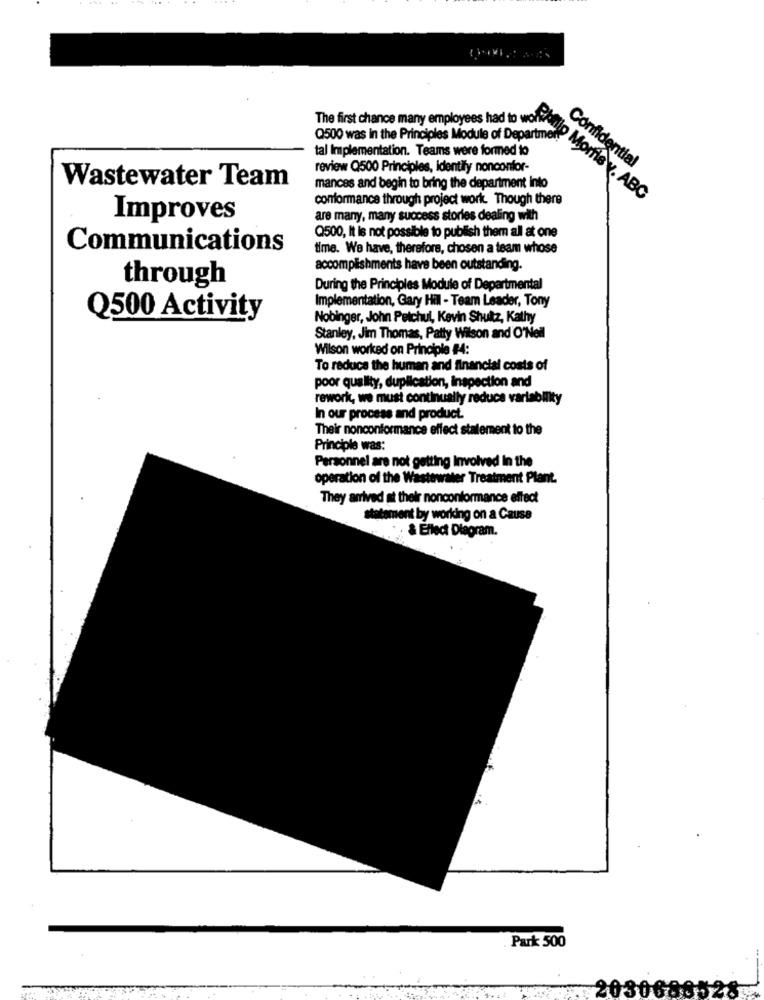
The first chance many employees had to wolf
Q500 was in the Principles Module of Department
tal Implementation. Teams were formed to
review Q500 Principles, identify nonconfor-
Confidential
Wastewater Team
mances and begin to bring the department into
conformance through project work. Though there
Pillo Morfis v. ABC
Improves
are many, many success stories dealing with
Q500, It is not possible to publish them all at one
Communications
time. We have, therefore, chosen a team whose
accomplishments have been outstanding.
through
During the Principles Module of Departmental
Implementation, Gary Hill - Team Leader, Tony
Q500 Activity
Nobinger, John Petchul, Kevin Shultz, Kathy
Stanley, Jim Thomas, Patty Wilson and O'Neil
Wilson worked on Principle #4:
To reduce the human and financial costs of
poor quality, duplication, inspection and
rework, we must continually reduce variability
In our process and product.
Their nonconformance effect statement to the
Principle was:
Personnel are not getting Involved In the
operation of the Wastewater Treatment Plant.
They arrived at their nonconformance effect
statement by working on a Cause
& Ellect Diagram.
Park 500